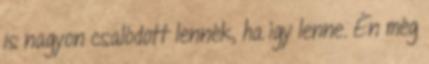
is nagyon csalódott lennék, ha így lenne. Én még